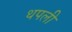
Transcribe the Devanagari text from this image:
थपली